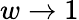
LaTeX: w\to 1